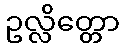
ဥလ္လိတ္တော